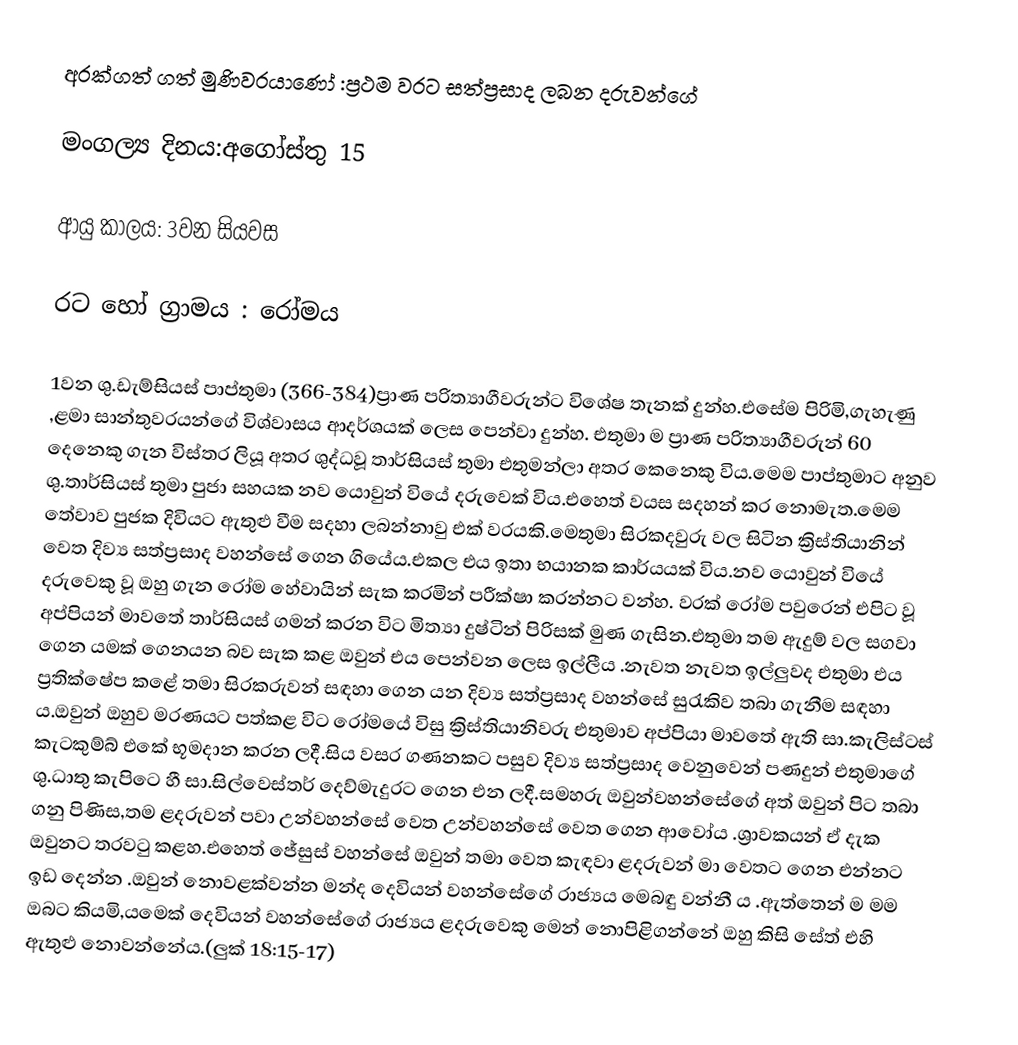
අරක්ගත් ගත් මුණිවරයාණෝ :ප්‍රථම වරට සත්ප්‍රසාද ලබන දරුවන්ගේ

මංගල්‍ය දිනය:අගෝස්තු 15

ආයු කාලය: 3වන සියවස

රට හෝ ග්‍රාමය : රෝමය

1වන ශු.ඩැම්සියස් පාප්තුමා (366-384)ප්‍රාණ පරිත්‍යාගීවරුන්ට විශේෂ තැනක් දුන්හ.එසේම පිරිමි,ගැහැණු ,ළමා සාන්තුවරයන්ගේ විශ්වාසය ආදර්ශයක් ලෙස පෙන්වා දුන්හ. එතුමා ම ප්‍රාණ පරිත්‍යාගීවරුන් 60 දෙනෙකු ගැන විස්තර ලියූ අතර ශුද්ධවූ තාර්සියස් තුමා එතුමන්ලා අතර කෙනෙකු විය.මෙ⁣ම පාප්තුමාට අනුව ශු.තාර්සියස් තුමා පුජා සහයක නව යොවුන් වියේ දරුවෙක් විය.එහෙත් වයස සදහන් කර නොමැත.මෙම තේවාව පුජක දිවියට ඇතුළු වීම සදහා ලබන්නාවු එක් වරයකි.මෙතුමා සිරකදවුරු වල සිටින ක්‍රිස්තියානින් වෙත දිව්‍ය සත්ප්‍රසාද වහන්සේ ගෙන ගියේය.එකල එය ඉතා භයානක කාර්යයක් විය.නව යොවුන් වියේ දරුවෙකු වූ ඔහු ගැන රෝම හේවායින් සැක කරමින් පරීක්ෂා කරන්නට වන්හ. වරක් රෝම පවුරෙන් එපිට වූ අප්පියන් මාවතේ තාර්සියස් ගමන් කරන විට මිත්‍යා දුෂ්ටින් පිරිසක් මුණ ගැසින.එතුමා තම ඇදුම් වල සගවා ගෙන යමක් ගෙනයන බව සැක කළ ඔවුන් එය පෙන්වන ලෙස ඉල්ලීය .නැවත නැවත ඉල්ලුවද එතුමා එය ප්‍රතික්ෂේප කළේ තමා සිරකරුවන් සඳහා ගෙන යන දිව්‍ය සත්ප්‍රසාද වහන්සේ සුරැකිව තබා ගැනීම සඳහා ය.ඔවුන් ඔහුව මරණයට පත්කළ විට රෝමයේ විසු ක්‍රිස්තියානිවරු එතුමාව අප්පියා මාවතේ ඇති සා.කැලිස්ටස් කැටකුම්බ් එකේ භූමදාන කරන ලදී.සිය වසර ගණනකට පසුව දිව්‍ය සත්ප්‍රසාද වෙනුවෙන් පණදුන් එතුමාගේ ශු.ධාතු කැපිටෙ හී සා.සිල්වෙස්තර් දෙව්මැදුරට ගෙන එන ලදී.සමහරු ඔවුන්වහන්සේගේ අත් ඔවුන් පිට තබා ගනු පිණිස,තම ළදරුවන් පවා උන්වහන්සේ වෙත උන්වහන්සේ වෙත ගෙන ආවෝය .ශ්‍රාවකයන් ඒ දැක ඔවුනට තරවටු කළහ.එහෙත් ජේසුස් වහන්සේ ඔවුන් තමා වෙත කැඳවා ළදරුවන් මා වෙතට ගෙන එන්නට ඉඩ දෙන්න .ඔවුන් නොවළක්වන්න මන්ද දෙවියන් වහන්සේගේ රාජ්‍යය මෙබඳු වන්නී ය .ඇත්තෙන් ම මම ඔබට කියමි,යමෙක් දෙවියන් වහන්සේගේ රාජ්‍යය ළදරුවෙකු මෙන් නොපිළිගන්නේ ඔහු කිසි සේත් එහි ඇතුළු නොවන්නේය.(ලුක් 18:15-17)